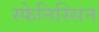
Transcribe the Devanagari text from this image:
स्फेनिस्सिन